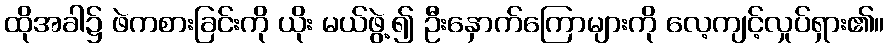
ထိုအခါ၌ ဖဲကစားခြင်းကို ယိုး မယ်ဖွဲ့၍ ဦးနှောက်ကြောများကို လေ့ကျင့်လှုပ်ရှား၏။